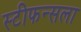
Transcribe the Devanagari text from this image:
स्टीफन्सला